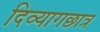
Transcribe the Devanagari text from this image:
दिव्यागछात्र